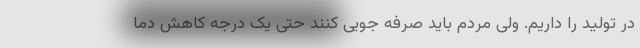
در تولید را داریم. ولی مردم باید صرفه جویی کنند حتی یک درجه کاهش دما